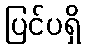
ပြင်ပရှိ